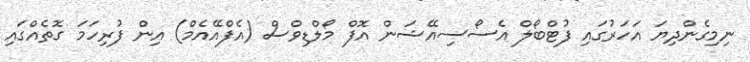
ނިމިގެންދިޔަ އަހަރުގައި ފުޓްބޯލް އެސޯސިއޭޝަން އޮފް މޯލްޑިވްސް (އެފްއޭއެމް) އިން ފުރިހަމަ ގޮތެއްގައި